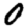
Digit: 0